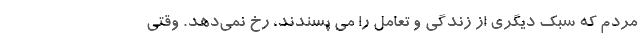
مردم که سبک دیگری از زندگی و تعامل را می پسندند، رخ نمی‌دهد. وقتی